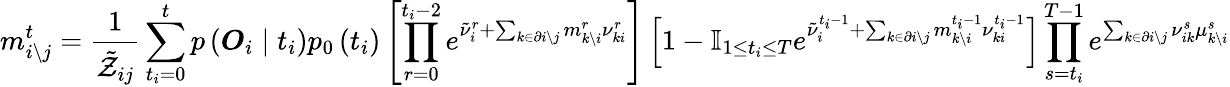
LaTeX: m_{i\backslash j}^{t}=\frac{1}{\tilde{\mathcal{Z}}_{ij}}\sum_{t_{i}=0}^{t}p\left(\boldsymbol{O}_{i}\mid t_{i}\right)p_{0}\left(t_{i}\right)\left[\prod_{r=0}^{t_{i}-2}e^{\tilde{\nu}_{i}^{r}+\sum_{k\in\partial i\setminus j}m_{k\setminus i}^{r}\nu_{ki}^{r}}\right]\left[1-\mathbb{I}_{1\leq t_{i}\leq T}e^{\tilde{\nu}_{i}^{t_{i}-1}+\sum_{k\in\partial i\setminus j}m_{k\setminus i}^{t_{i}-1}\nu_{ki}^{t_{i}-1}}\right]\prod_{s=t_{i}}^{T-1}e^{\sum_{k\in\partial i\setminus j}\nu_{ik}^{s}\mu_{k\setminus i}^{s}}